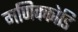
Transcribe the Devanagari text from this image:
मणिक्कोडि